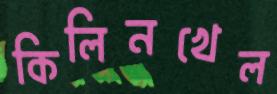
কিলিনখেল